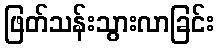
ဖြတ်သန်းသွားလာခြင်း